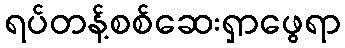
ရပ်တန့်စစ်ဆေးရှာဖွေရာ